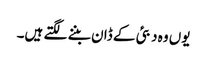
یوں وہ دبئی کے ڈان بننے لگتے ہیں۔